Lunatic asylums United Provinces 1909-1921 - 1909-1921
Year: 1909
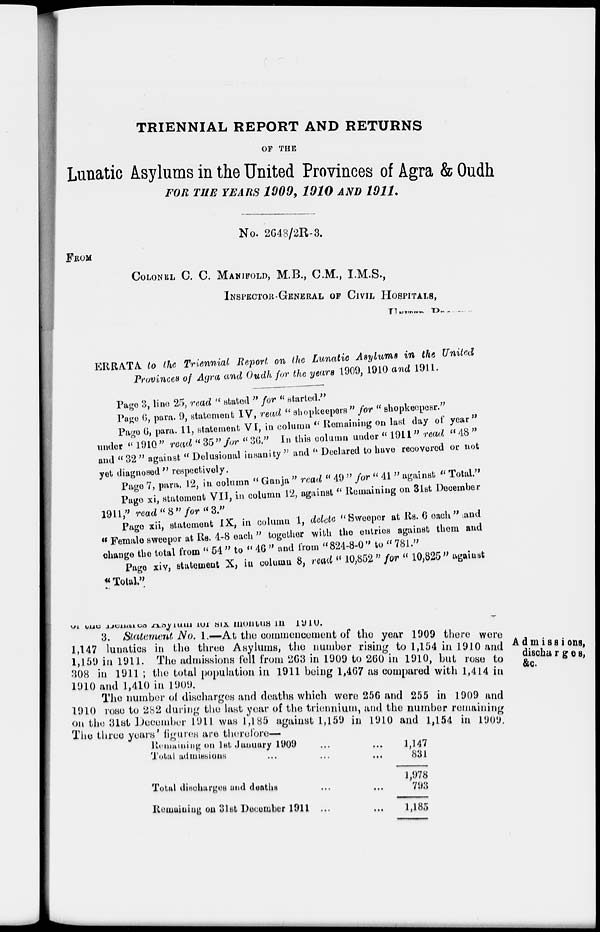
TRIENNIAL REPORT AND RETURNS
OF THE
Lunatic Asylums in the United Provinces of Agra & Oudh
FOR THE YEARS 1909, 1910 AND 1911.
No. 2648/2R-3.
FROM
COLONEL C. C. MANIFOLD, M.B., C.M., I.M.S.,
INSPECTOR-GENERAL OF CIVIL HOSPITALS,
UNITED PROVINCES
ERRATA to the Triennial Report on the Lunatic Asylums in the United
Provinces of Agra and Oudh for the years 1909, 1910 and 1911.
Page 3, line 25, read " stated " for " started."
Page 6, para. 9, statement IV, read " shopkeepers " for " shopkeepesr."
Page 6, para. 11, statement VI, in column " Remaining on last day of year"
under " 1910 " read " 35 " for "36." In this column under " 1911" read " 48 "
and " 32 " against " Delusional insanity " and " Declared to have recovered or not
yet diagnosed " respectively.
Page 7, para. 12, in column " Ganja " read " 49 " for " 41" against " Total."
Page xi, statement VII, in column 12, against " Remaining on 31st December
1911," read " 8 " for " 3."
Page xii, statement IX, in column 1, delete " Sweeper at Rs. 6 each" and
" Female sweeper at Rs. 4-8 each " together with the entries against them and
change the total from " 54 " to " 46 " and from " 824-8-0 " to " 781."
Page xiv, statement X, in column 8, read " 10,852" for " 10,825 " against
"Total."
Of the Benaras Asylum for six months in 1910.
Admissions,
discharges,
&c.
3. Statement No. 1.—At the commencement of the year 1909 there were
1,147 lunatics in the three Asylums, the number rising to 1,154 in 1910 and
1,159 in 1911. The admissions fell from 263 in 1909 to 260 in 1910, but rose to
308 in 1911 ; the total population in 1911 being 1,467 as compared with 1,414 in
1910 and 1,410 in 1909.
The number of discharges and deaths which were 256 and 255 in 1909 and
1910 rose to 282 during the last year of the triennium, and the number remaining
on the 31st December 1911 was 1,185 against 1,159 in 1910 and 1,154 in 1909.
The three years' figures are therefore—
Remaining on 1st January 1909 ... ...
Total
admissions
...
...
...
Total discharges and deaths ... ...
Remaining on 31st December 1911 ... ...
1,147
831
1,978
793
1,185